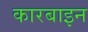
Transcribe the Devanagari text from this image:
कारबाइन